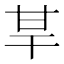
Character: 𤯀